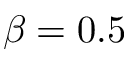
\beta = 0 . 5